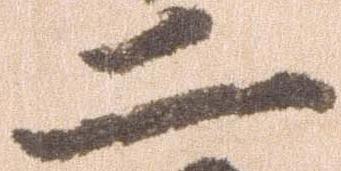
二